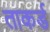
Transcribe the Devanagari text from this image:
ताकर्ड